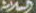
السلامة